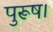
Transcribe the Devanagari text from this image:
पुरूष।